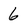
Character: 6